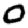
Digit: 0